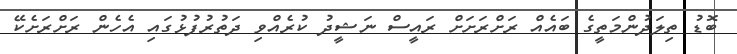
ބޮޑު ތިލަދުންމަތީގެ ބައެއް ރަށްރަށަށް ރައީސް ނަޝީދު ކުރެއްވި ދަތުރުފުޅުގައި އެހެން ރަށްރަށެކޭ